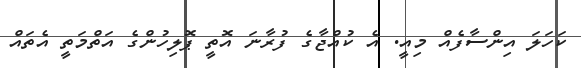
ކަހަލަ އިންސާފެއް މިއީ. އެ ކުއްޖާގެ ފުރާނަ އޮތީ ޕޮލިހުންގެ އަތްމަތީ އެތައް